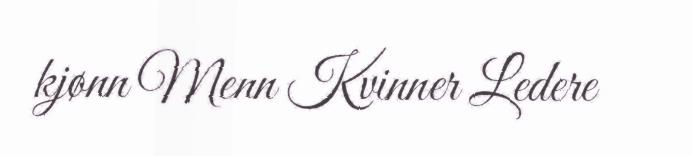
kjønn Menn Kvinner Ledere